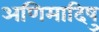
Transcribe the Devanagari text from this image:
अणिमादिषु